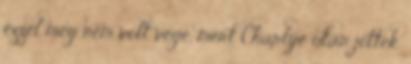
ezzel még nem volt vége, mert Charlye után jöttek